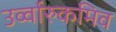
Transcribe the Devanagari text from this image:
उर्व्वारुकमिव